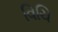
વિચિ